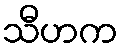
သီဟက